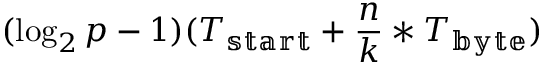
( \log _ { 2 } p - 1 ) ( T _ { \mathbb { s t a r t } } + { \frac { n } { k } } * T _ { \mathbb { b y t e } } )